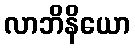
လာဘိနိယော